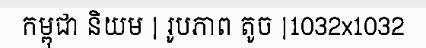
កម្ពុជា និយម | រូបភាព តូច |1032x1032